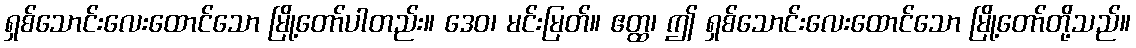
ရှစ်သောင်းလေးထောင်သော မြို့တော်ပါတည်း။ ဒေဝ၊ မင်းမြတ်။ ဧတ္ထ၊ ဤ ရှစ်သောင်းလေးထောင်သော မြို့တော်တို့သည်။